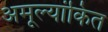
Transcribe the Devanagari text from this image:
अमूल्यांकित